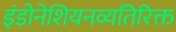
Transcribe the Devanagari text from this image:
इंडोनेशियनव्यतिरिक्त